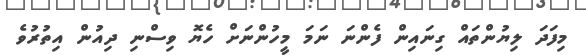
މިފަދަ ލިޔުންތައް ގިނައިން ފެންނަ ނަމަ މީހުންނަށް ހެޔޮ ވިސްނި ދިއުން އިތުރުވެ